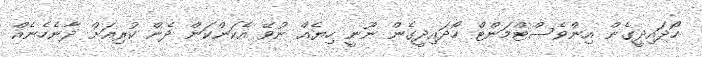
ހޯދައިދީގެން އިންވެސްޓްމަންޓް ހޯދައިދީގެން ނޫނީ ހިޔެއް ނުވޭ އެކަންކަން ދެން ކުރިއަށް ދާނެހެނެއް